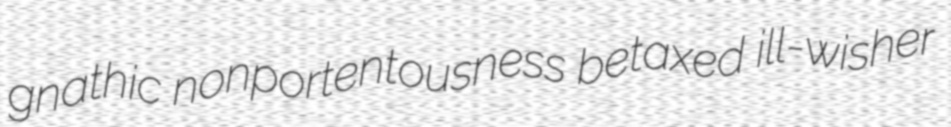
gnathic nonportentousness betaxed ill-wisher